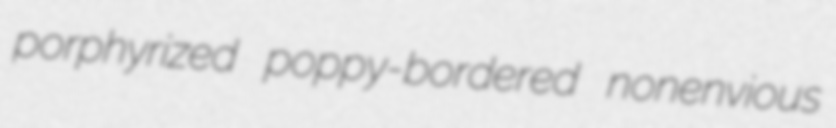
porphyrized poppy-bordered nonenvious